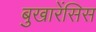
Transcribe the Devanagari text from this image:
बुखारेंसिस